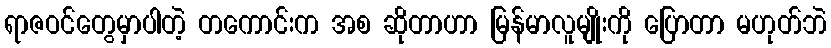
ရာဇဝင်တွေမှာပါတဲ့ တကောင်းက အစ ဆိုတာဟာ မြန်မာလူမျိုးကို ပြောတာ မဟုတ်ဘဲ